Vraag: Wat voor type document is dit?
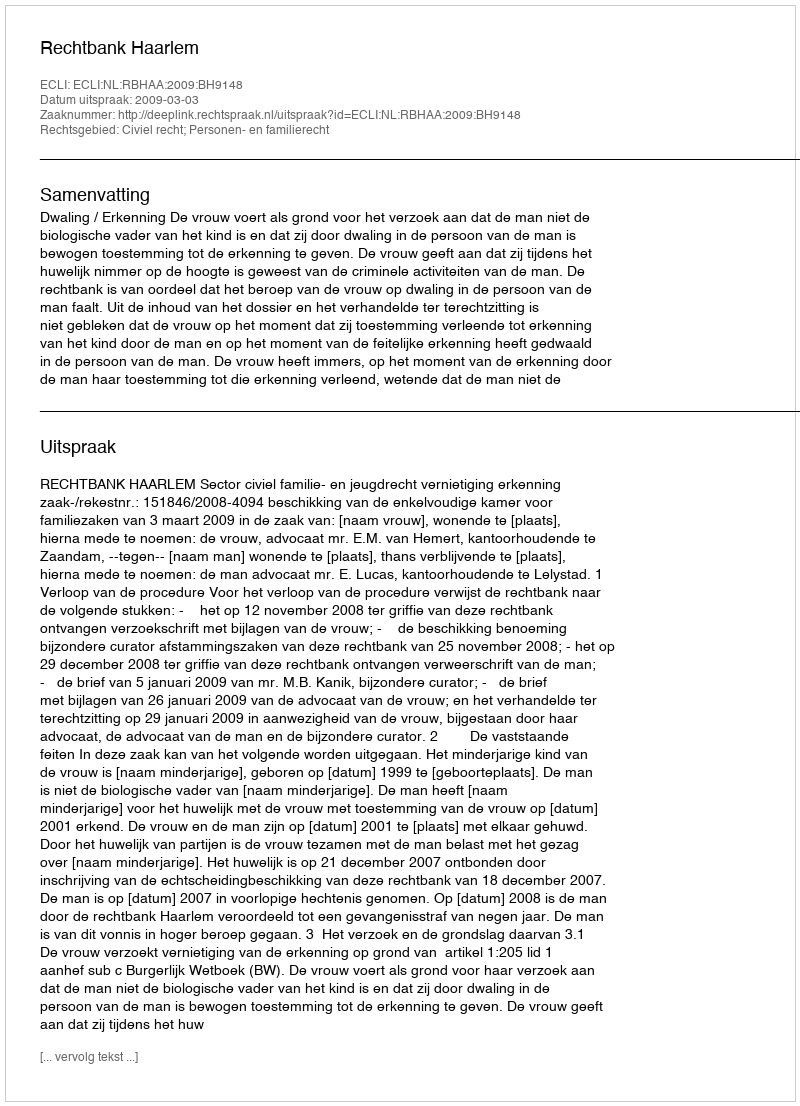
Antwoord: Uitspraak